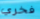
فخري